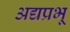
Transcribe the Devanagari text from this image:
अद्यप्रभू